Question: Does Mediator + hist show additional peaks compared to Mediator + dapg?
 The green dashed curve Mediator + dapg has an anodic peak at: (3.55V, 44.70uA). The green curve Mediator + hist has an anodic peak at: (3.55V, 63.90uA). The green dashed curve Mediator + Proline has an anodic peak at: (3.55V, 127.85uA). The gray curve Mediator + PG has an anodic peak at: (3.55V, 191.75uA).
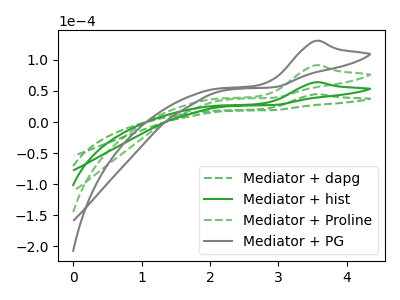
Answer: <think>All the peaks in "Mediator + hist" have a peak in "Mediator + dapg" at the same potential. Every peak in "Mediator + hist" is higher than every peak in "Mediator + dapg".
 </think>
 <answer>No, "Mediator + hist" and "Mediator + dapg" don't appear to be significantly different in shape</answer>
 <eval>no_change</eval>